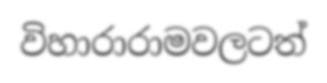
විහාරාරාමවලටත්